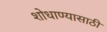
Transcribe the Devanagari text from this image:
शोधाण्यासाठी